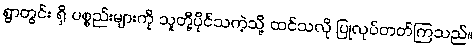
ရွာတွင်း ရှိ ပစ္စည်းများကို သူတို့ပိုင်သကဲ့သို့ ထင်သလို ပြုလုပ်တတ်ကြသည်။